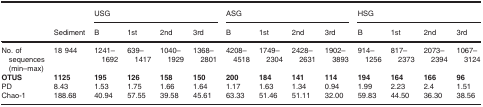
<table><thead><tr><td rowspan="2"></td><td rowspan="2"><b>Sediment</b></td><td colspan="4"><b>USG</b></td><td colspan="4"><b>ASG</b></td><td colspan="4"><b>HSG</b></td></tr><tr><td><b>B</b></td><td><b>1st</b></td><td><b>2nd</b></td><td><b>3rd</b></td><td><b>B</b></td><td><b>1st</b></td><td><b>2nd</b></td><td><b>3rd</b></td><td><b>B</b></td><td><b>1st</b></td><td><b>2nd</b></td><td><b>3rd</b></td></tr></thead><tbody><tr><td>No. of sequences (min–max)</td><td>18 944</td><td>1241–1692</td><td>639–1417</td><td>1040–1929</td><td>1368–2801</td><td>4208–4518</td><td>1749–2304</td><td>2428–2631</td><td>1902–3893</td><td>914–1256</td><td>817–2373</td><td>2073–2394</td><td>1067–3124</td></tr><tr><td><b>OTUS</b></td><td><b>1125</b></td><td><b>195</b></td><td><b>126</b></td><td><b>158</b></td><td><b>150</b></td><td><b>200</b></td><td><b>184</b></td><td><b>141</b></td><td><b>114</b></td><td><b>194</b></td><td><b>164</b></td><td><b>166</b></td><td><b>96</b></td></tr><tr><td>PD</td><td>8.43</td><td>1.53</td><td>1.75</td><td>1.66</td><td>1.64</td><td>1.17</td><td>1.63</td><td>1.34</td><td>0.94</td><td>1.99</td><td>2.23</td><td>2.4</td><td>1.51</td></tr><tr><td>Chao‐1</td><td>188.68</td><td>40.94</td><td>57.55</td><td>39.58</td><td>45.61</td><td>63.33</td><td>51.46</td><td>51.11</td><td>32.00</td><td>59.83</td><td>44.50</td><td>36.30</td><td>38.56</td></tr></tbody></table>